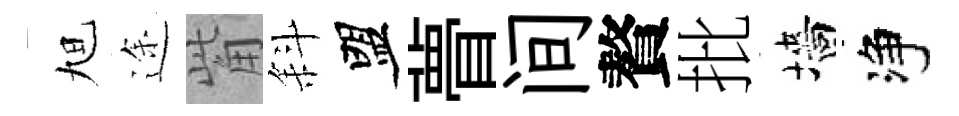
旭途觜斜盟瞢间贅批墻净